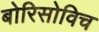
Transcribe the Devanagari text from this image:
बोरिसोविच